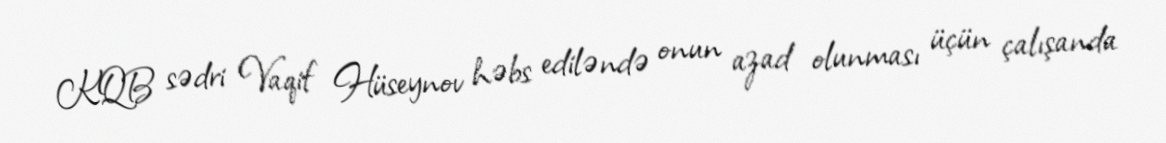
KQB sədri Vaqif Hüseynov həbs ediləndə onun azad olunması üçün çalışanda